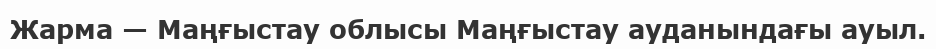
Жарма — Маңғыстау облысы Маңғыстау ауданындағы ауыл.